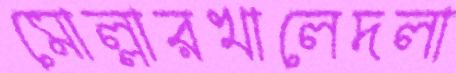
মোল্লারখালেদলা